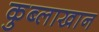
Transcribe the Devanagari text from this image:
कुब्लाखान